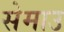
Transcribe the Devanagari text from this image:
सेमाउ